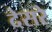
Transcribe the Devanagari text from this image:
देसरे